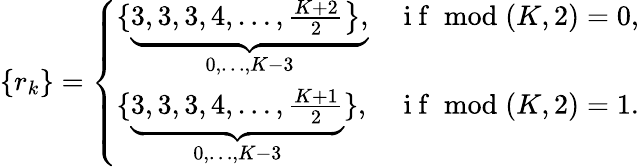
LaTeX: \left\{ r_{k}\right\} =\left\{ \begin{array}{ll}{\{ \underbrace{\left.3,3,3,4,\ldots,\frac{K+2}{2}\right\} ,}_{0,\ldots,K-3}}&{\mathrm{~i~f~}\bmod(K,2)=0,}\\ {\{ \underbrace{3,3,3,4,\ldots,\frac{K+1}{2}}_{0,\ldots,K-3}\} ,}&{\mathrm{~i~f~}\bmod(K,2)=1.}\end{array}\right.